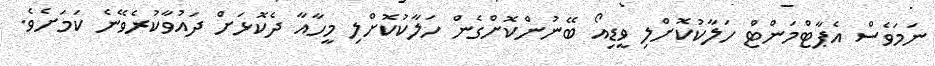
ނަމަވެސް އެޕާޓްމަންޓް ހަލާކުކޮށްލި ވީޑިއޯ ބޭނުންކޮށްގެން ހަލާކުކޮށްލި މީހާއާ ދެކޮޅަށް ދައުވާކުރެވޭނެ ކަމަށެވެ.